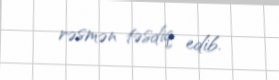
rəsmən təsdiq edib.